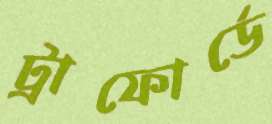
ট্রাফোর্ডে